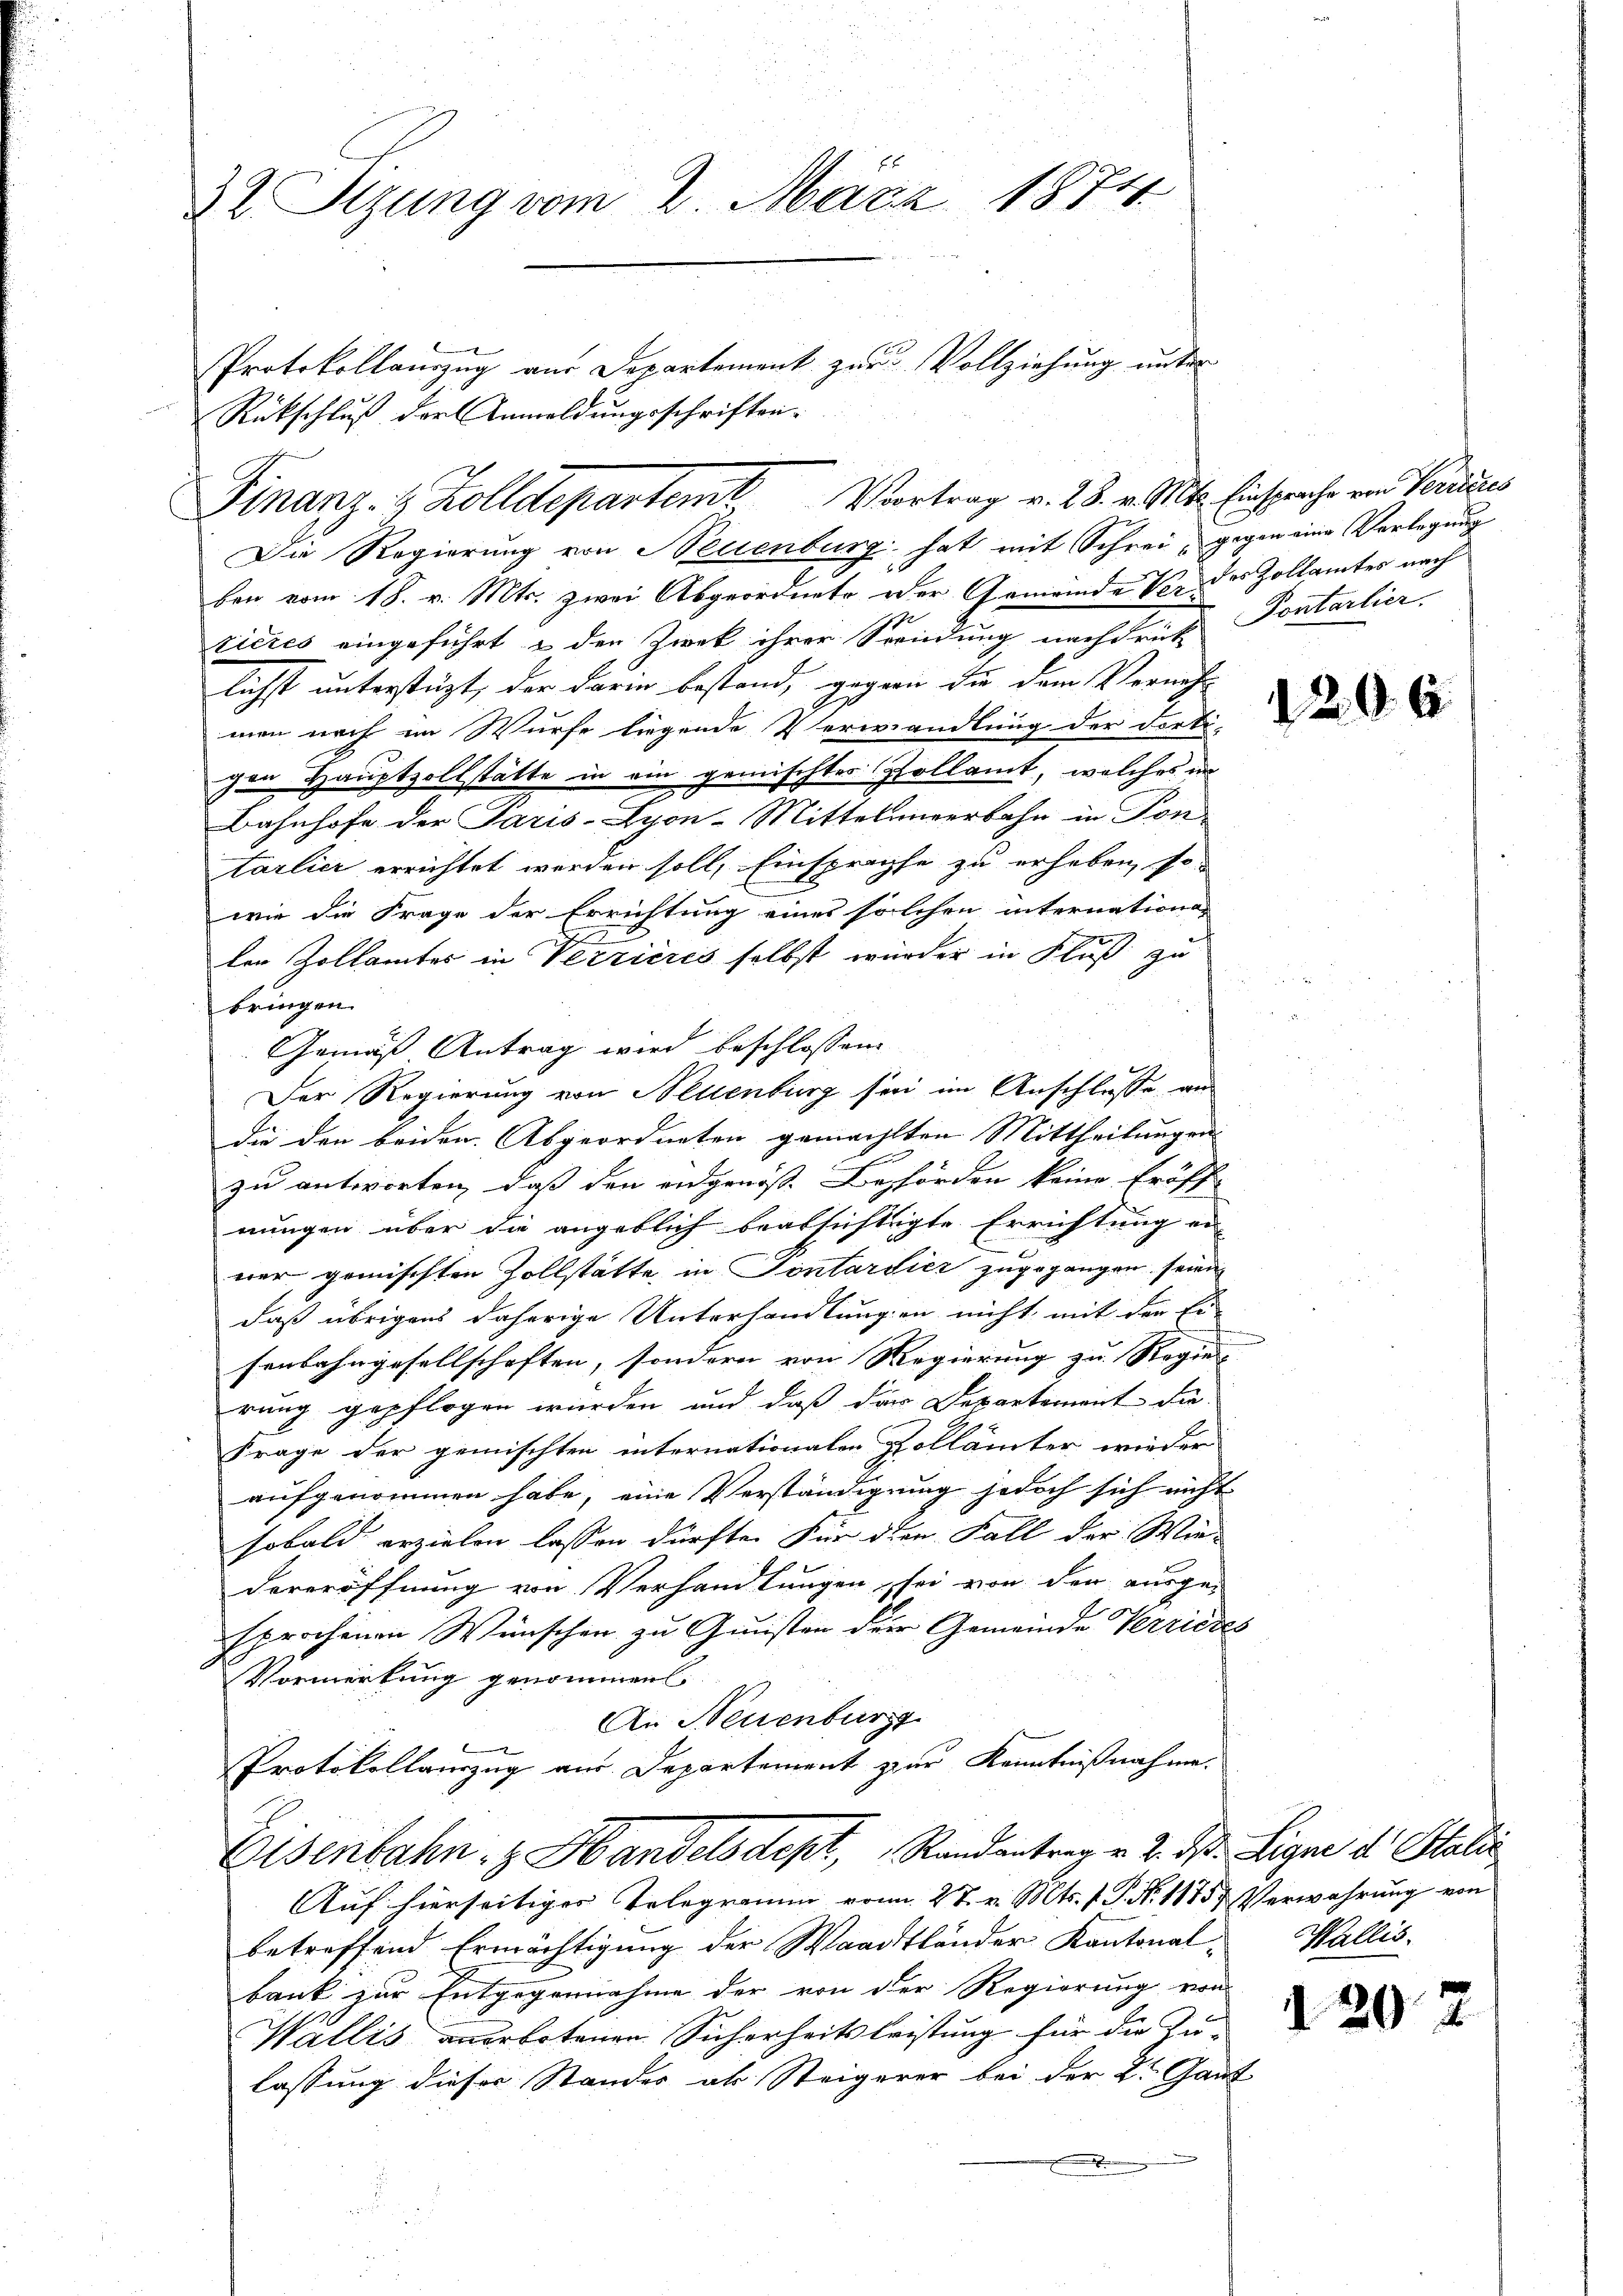
22 Sizung vom 2. März 1874.

Finanz- & Zolldepartemt Vortrag v. 28. v. Mts. Einsprache von Verdies

Rückschluß der Anmeldungsschriften.

Protokollauszug aus Departement zur Vollziehung unter

Die Regierung von Neuenburg hat mit Schrei, gegen eine Verlegung
ben vom 18. v. Mts. zwei Abgeordnete oder Gemeinde Vor des Zollamtes nach
ricres eingeführt u den Zwek ihrer Serendung nach drei Ponterlier
lichst unterstüzt, der darin bestand, gegen die dem Vornahmen noch im Würfe liegende Verwandlung der Forti-
gen Hauptzollstätte in ein gemischtes Zollamt, welches in
Bahnhofe der Paris-Lyon-Mittelmeerbahn in Pon-
tarlier errichtet werden soll, Einsprachse zu erheben, so
wie die Frage der Errichtung eines solchen internationa-
len Zollamtes in Verrieres selbst würder in Fluß zu
bringen.
Gemäß Antrag wird beschlossen:
Der Regierung von Neuenburg sei im Anschlusse ans
die den beiden Abgeordneten gemachten Mittheilungen
zu antworten, daß den eidgenoße Behörden keine Eröff
nungen über die angeblich beabsichtigte Errichtung er-
ner gemischten Zollstätte in Sontarsier zugegangen seien
daß übrigens daherige Unterhandlungen nicht, mit den Er-
senbahngesellschaften, sondern von Regierung zu Regier
rung gepflogen wurden und daß der Departement die
Frage der gemischten internationalen Pollämter wieder
aufgenommen habe, eine Verständigung jedoch sich nicht
sobald erzielen lassen dürfte. Für dien Fall der Wie-
dereröffnung von Verhandlungen sei von der ausge-
sprochenen Wünschen zu Gunsten der Gemeinde Verrieres
Vormerkung genommen.
An Neuenburg
Protokollauszug aus Departement zur Kenntnißnahme.
Eisenbahn - Handelsdept, Randantrag v. 2. ds. Ligne d. Stalie
Auf hierseitiges Telegramm vom 27. v. Mts. f. P. Nr. 1875. Verwahrung von
betreffend Ermächtigung der Waadtländer Kantonalbank zur Entgegennahme der von der Regierung von
Wallis verbotenen Sicherheitsleistung für die Zulassung dieser Standes als Steigerer bei der L. Ganz

1206

Wallis.

6

20